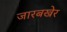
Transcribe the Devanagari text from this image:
जारबखेर